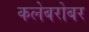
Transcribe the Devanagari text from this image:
कलेबरोबर